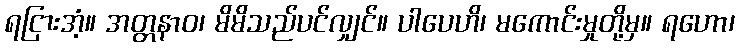
ရငြားအံ့။ အတ္တနာဝ၊ မိမိသည်ပင်လျှင်။ ပါပေဟိ၊ မကောင်းမှုတို့မှ။ ရဟော၊